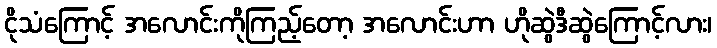
ငိုသံကြောင့် အလောင်းကိုကြည့်တော့ အလောင်းဟာ ဟိုဆွဲဒီဆွဲကြောင့်လား၊